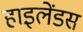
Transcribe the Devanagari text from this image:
हाइलेंडस